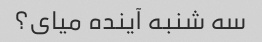
سه شنبه آینده میای؟